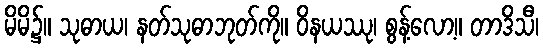
မိမိ၌။ သုဓာယ၊ နတ်သုဓာဘုတ်ကို။ ဝိနယဿု၊ စွန့်လော့။ တာဒိသီ၊